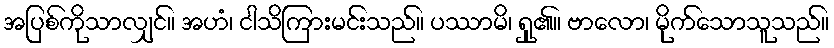
အပြစ်ကိုသာလျှင်။ အဟံ၊ ငါသိကြားမင်းသည်။ ပဿာမိ၊ ရှု၏။ ဗာလော၊ မိုက်သောသူသည်။